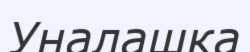
Уналашка